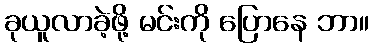
ခုယူလာခဲ့ဖို့ မင်းကို ပြောနေ ဘာ။